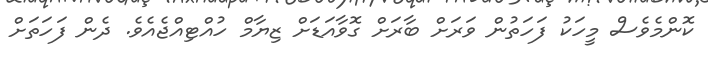
ކޮންމެވެސް މީހަކު ފަހަތުން ވަރަށް ބާރަށް ގޮވާއަޑަށް ޒިޔާމް ހުއްޓިއްޖެއެވެ. ދެން ފަހަތަށް